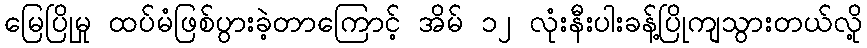
မြေပြိုမှု ထပ်မံဖြစ်ပွားခဲ့တာကြောင့် အိမ် ၁၂ လုံးနီးပါးခန့်ပြိုကျသွားတယ်လို့